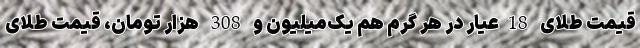
قیمت طلای 18عیار در هر گرم هم یک‌میلیون و 308 هزار تومان، قیمت طلای